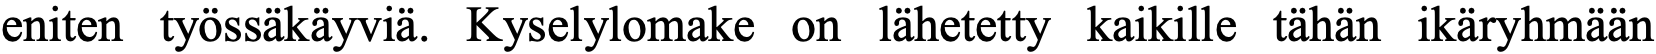
eniten työssäkäyviä. Kyselylomake on lähetetty kaikille tähän ikäryhmään